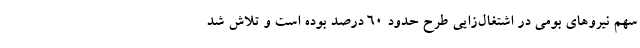
سهم نیروهای بومی در اشتغال‌زایی طرح حدود 60 درصد بوده است و تلاش شد